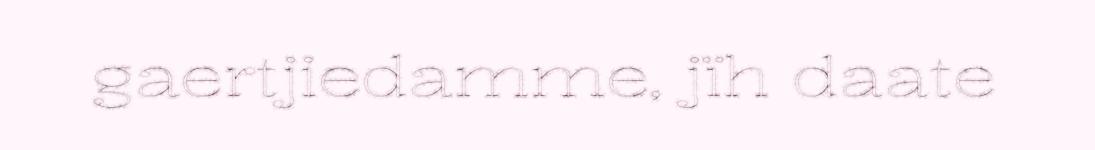
gaertjiedamme, jïh daate